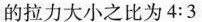
的拉力大小之比为4:3